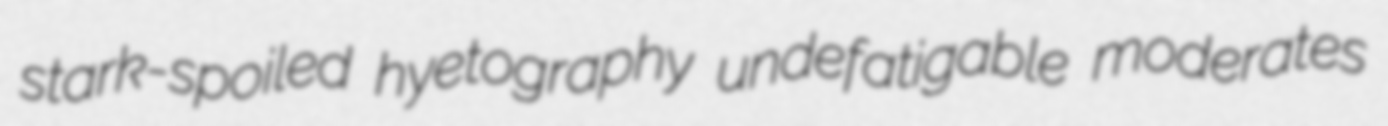
stark-spoiled hyetography undefatigable moderates